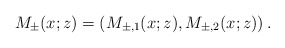
\begin{align*}M_{\pm}(x ; z)=\left( M_{\pm,1}(x ; z), M_{\pm,2}(x ; z)\right).\end{align*}